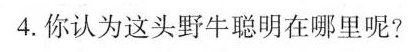
4.你认为这头野牛聪明在哪里呢?